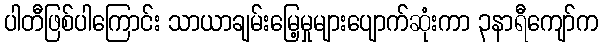
ပါတီဖြစ်ပါကြောင်း သာယာချမ်းမြေ့မှုများပျောက်ဆုံးကာ ၃နာရီကျော်က